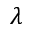
\lambda